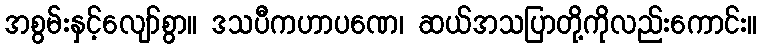
အစွမ်းနှင့်လျော်စွာ။ ဒသပီကဟာပဏေ၊ ဆယ်အသပြာတို့ကိုလည်းကောင်း။